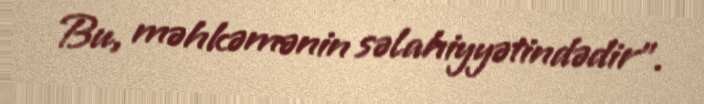
Bu, məhkəmənin səlahiyyətindədir”.